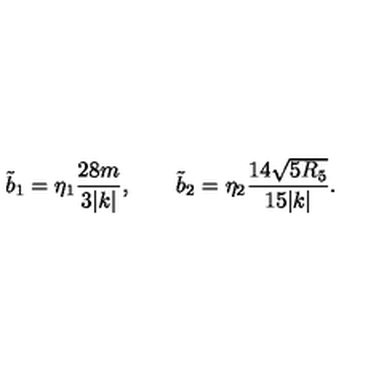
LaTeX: \tilde { b } _ { 1 } = \eta _ { 1 } { \frac { 2 8 m } { 3 | k | } } , \qquad \tilde { b } _ { 2 } = \eta _ { 2 } { \frac { 1 4 \sqrt { 5 R _ { 5 } } } { 1 5 | k | } } .